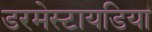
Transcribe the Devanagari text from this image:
डरमेस्टायडिया